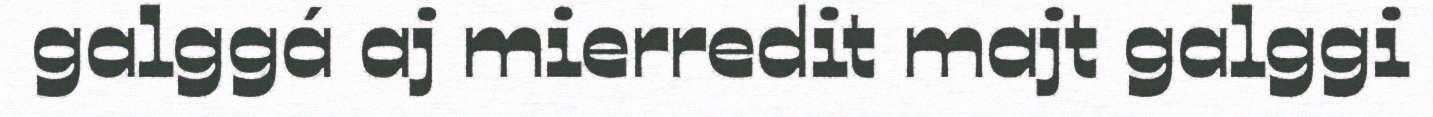
galggá aj mierredit majt galggi